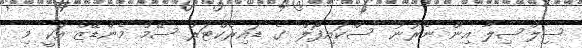
ސިލްސިލާ އިން ނެރުނު "ސްކައިފޯލް" ގެ ޑައިރެކްޓަރު ސޭމް މެންޑޭޒް އަކީ މި